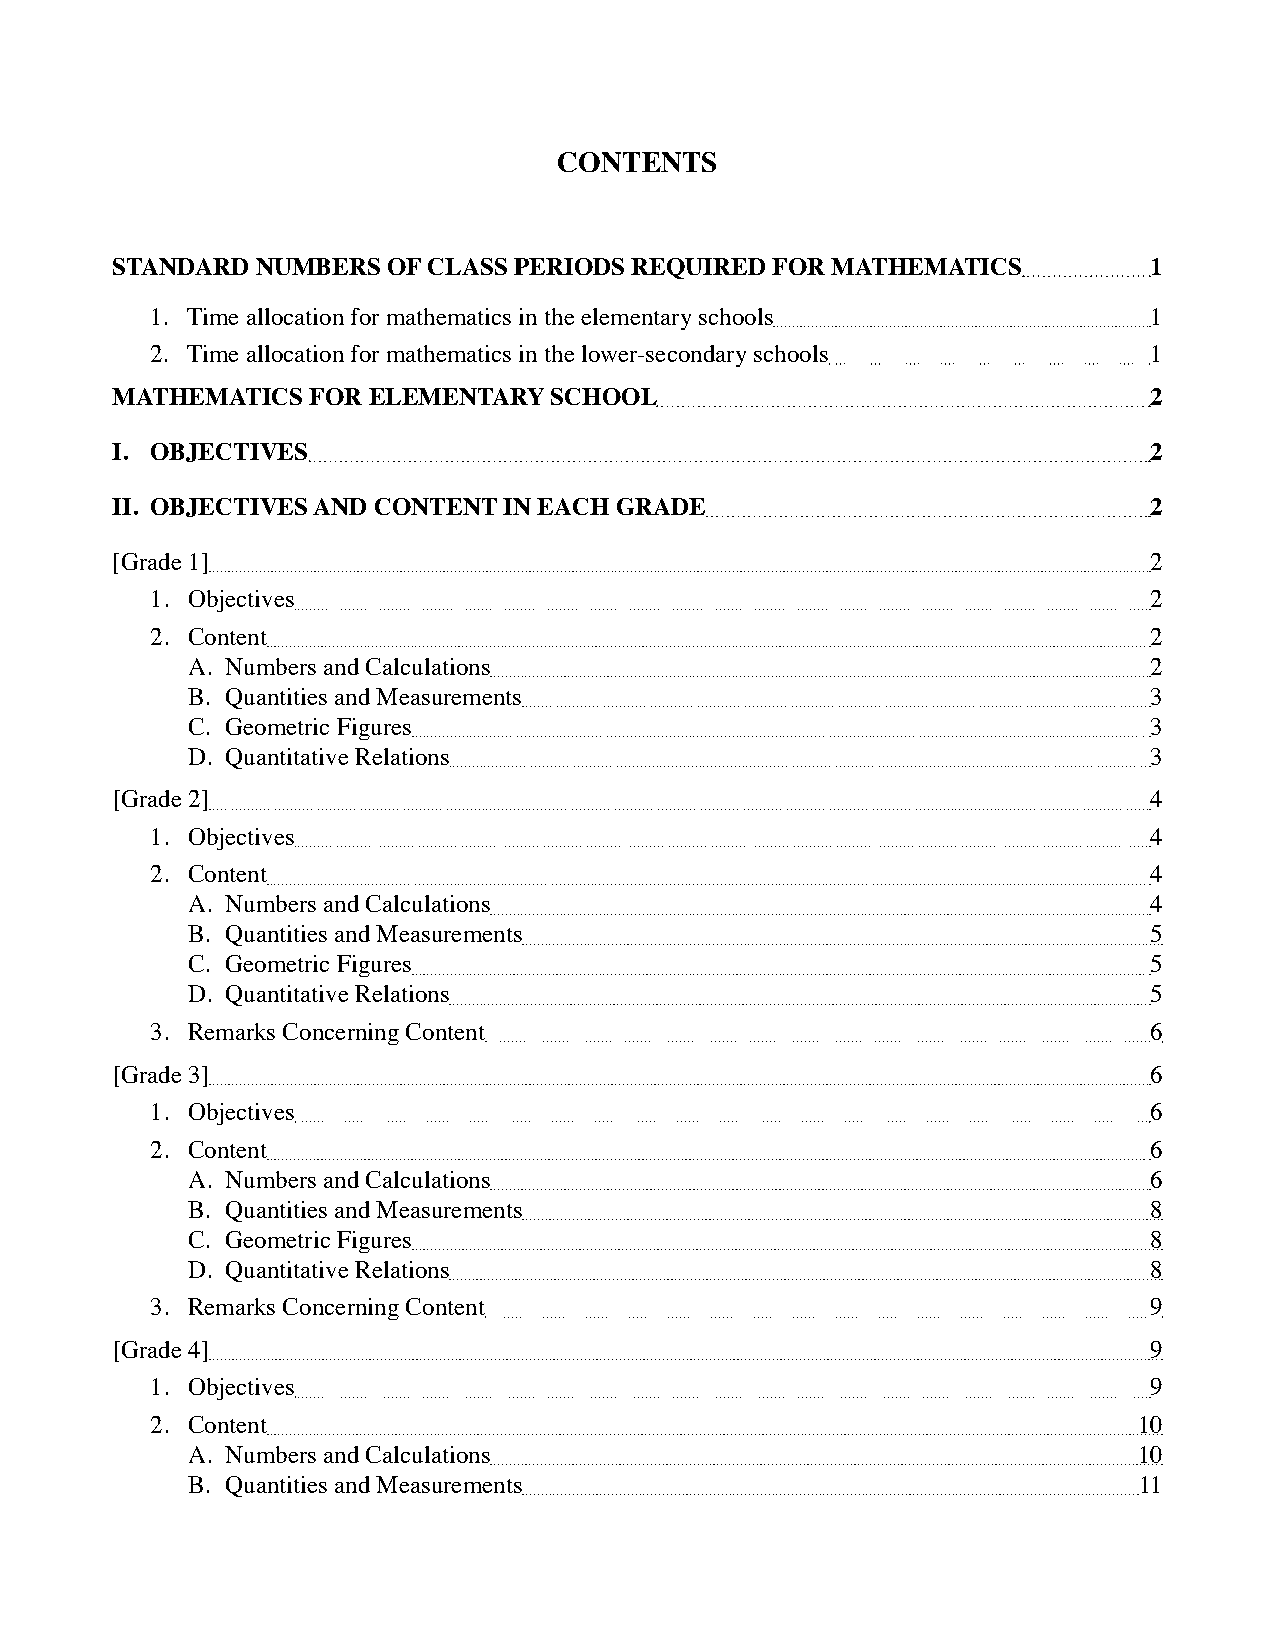
ConTEnTS
 STandard  nuMbErS  of ClaSS pEriodS rEquirEd for MaThEMaTiCS         1
 1. Time allocation for mathematics in the elementary schools      1
 2. Time allocation for mathematics in the lower-secondary schools 1
 MaThEMaTiCS  for ElEMEnTarY  SChool                                  2
 i. obJECTiVES                                                        2
 ii. obJECTiVES and ConTEnT in EaCh GradE                             2
 [Grade 1]                                                            2
 1. Objectives                                                     2
 2. Content                                                        2
 A. Numbers and Calculations                                     2
 B. Quantities and Measurements                                  3
 C. Geometric Figures                                            3
 D. Quantitative Relations                                       3
 [Grade 2]                                                            4
 1. Objectives                                                     4
 2. Content                                                        4
 A. Numbers and Calculations                                     4
 B. Quantities and Measurements                                  5
 C. Geometric Figures                                            5
 D. Quantitative Relations                                       5
 3. Remarks Concerning Content                                     6
 [Grade 3]                                                            6
 1. Objectives                                                     6
 2. Content                                                        6
 A. Numbers and Calculations                                     6
 B. Quantities and Measurements                                  8
 C. Geometric Figures                                            8
 D. Quantitative Relations                                       8
 3. Remarks Concerning Content                                     9
 [Grade 4]                                                            9
 1. Objectives                                                     9
 2. Content                                                       10
 A. Numbers and Calculations                                    10
 B. Quantities and Measurements                                 11